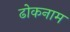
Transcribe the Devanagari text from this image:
ढोकनाम